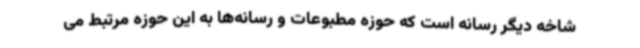
شاخه دیگر رسانه است که حوزه مطبوعات و رسانه‌ها به این حوزه مرتبط می